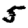
Digit: 5